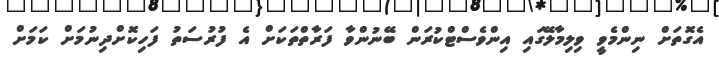
އެގޮތަށް ނިންމެވީ ވިލިމާލޭގައި އިންވެސްޓްކުރަން ބޭނުންވާ ފަރާތްތަކަށް އެ ފުރުސަތު ފަހިކޮށްދިނުމަށް ކަމަށް